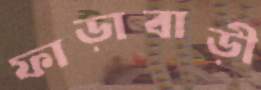
ফাড়াবাড়ী